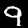
Label: 9